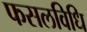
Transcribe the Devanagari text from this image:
फसलविधि